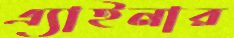
এ্যাইনার